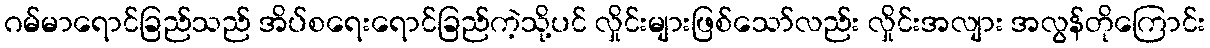
ဂမ်မာရောင်ခြည်သည် အိပ်စရေးရောင်ခြည်ကဲ့သို့ပင် လှိုင်းများဖြစ်သော်လည်း လှိုင်းအလျား အလွန်တိုကြောင်း